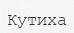
Кутиха